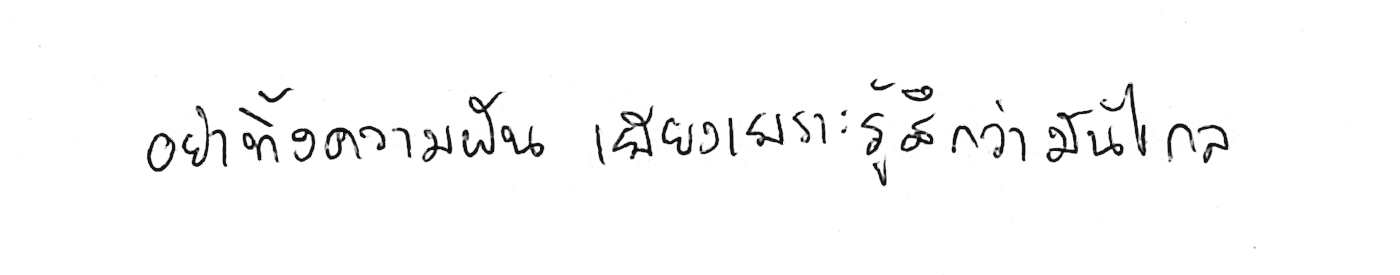
อย่าทิ้งความฝัน เพียงเพราะรู้สึกว่ามันไกล